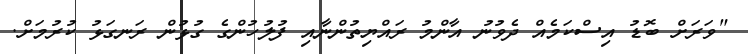
"ވަރަށް ބޮޑު އިސްކަމެއް ދެވުނު އާންމު ރައްޔިތުންނާއި ފުލުހުންގެ ގުޅުން ރަނގަޅު ކުރުމަށް.